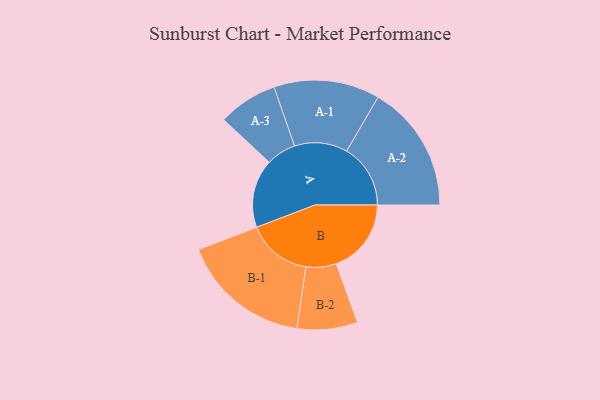
{"axis": {"x": "Segment", "y": "Value"}, "legend": ["", "A", "B"], "data": [{"x": "A", "y": 301, "type": ""}, {"x": "B", "y": 330, "type": ""}, {"x": "A-1", "y": 233, "type": "A"}, {"x": "A-2", "y": 281, "type": "A"}, {"x": "A-3", "y": 131, "type": "A"}, {"x": "B-1", "y": 286, "type": "B"}, {"x": "B-2", "y": 133, "type": "B"}]}